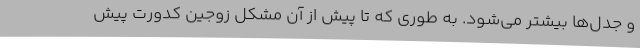
و جدل‌ها بیشتر می‌شود. به طوری که تا پیش از آن مشکل زوجین کدورت پیش